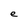
Character: e